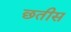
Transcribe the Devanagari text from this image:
छतीस